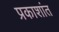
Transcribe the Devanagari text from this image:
प्रकाशांत